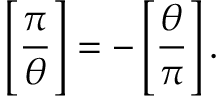
{ \Bigg [ } { \frac { \pi } { \theta } } { \Bigg ] } = - \left[ { \frac { \theta } { \pi } } \right] .